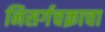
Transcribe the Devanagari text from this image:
निसर्गचक्राचा